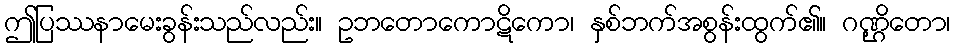
ဤပြဿနာမေးခွန်းသည်လည်း။ ဥဘတောကောဋိကော၊ နှစ်ဘက်အစွန်းထွက်၏။ ဂဏ္ဌိတော၊